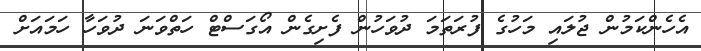
އެހެންކަމުން ޖުލައި މަހުގެ ފުރަތަމަ ދުވަހުން ފެށިގެން އޯގަސްޓް ހަތްވަނަ ދުވަހާ ހަމައަށް